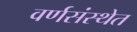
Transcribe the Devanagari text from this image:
वर्णसंस्थेत